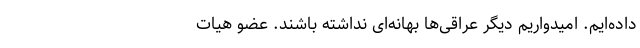
داده‌ایم. امیدواریم دیگر عراقی‌ها بهانه‌ای نداشته باشند. عضو هیات